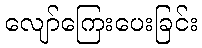
လျော်ကြေးပေးခြင်း